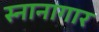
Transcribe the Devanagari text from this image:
स्‍नानागार